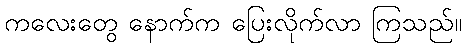
ကလေးတွေ နောက်က ပြေးလိုက်လာ ကြသည်။